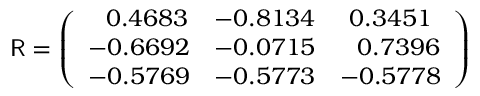
\mathsf { R } = \left( \begin{array} { c c c } { \ \ 0 . 4 6 8 3 } & { - 0 . 8 1 3 4 } & { 0 . 3 4 5 1 } \\ { - 0 . 6 6 9 2 } & { - 0 . 0 7 1 5 } & { \ \ 0 . 7 3 9 6 } \\ { - 0 . 5 7 6 9 } & { - 0 . 5 7 7 3 } & { - 0 . 5 7 7 8 } \end{array} \right)